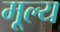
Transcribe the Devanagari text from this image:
मू्ल्य